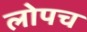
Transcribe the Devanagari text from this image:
लोपच